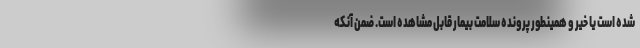
شده است یا خیر و همینطور پرونده سلامت بیمار قابل مشاهده است. ضمن آنکه